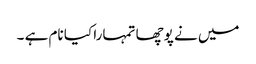
میں نے پوچھا تمہارا کیا نام ہے ۔